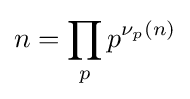
n=\prod _{p}p^{\nu _{p}(n)}